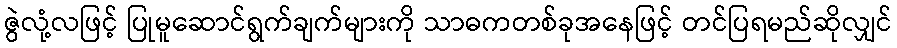
ဇွဲလုံ့လဖြင့် ပြုမူဆောင်ရွက်ချက်များကို သာဓကတစ်ခုအနေဖြင့် တင်ပြရမည်ဆိုလျှင်